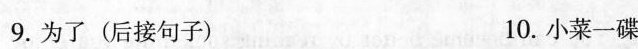
9.为了(后接句子) 10.小菜一碟